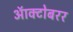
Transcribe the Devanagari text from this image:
ऑक्टोबरर